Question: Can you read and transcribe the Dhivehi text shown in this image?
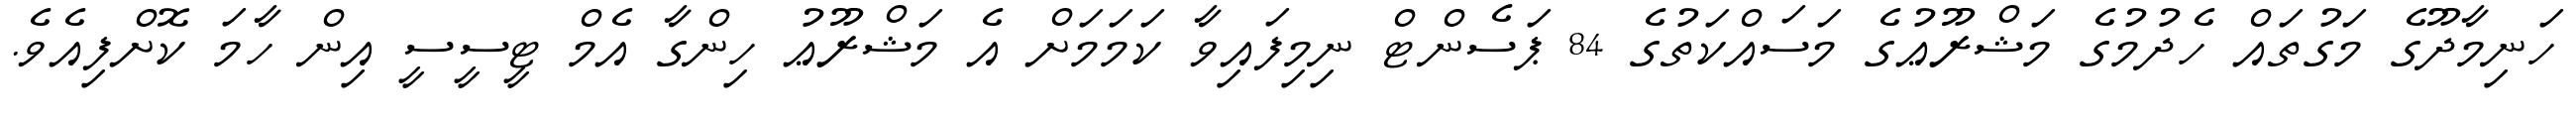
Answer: ހަނިމާދޫގެ މަގުތައް ހެދުމުގެ މަޝްރޫޢުގެ މަސައްކަތުގެ 84 ޕަސެންޓް ނިމިފައިވާ ކަމަމަށް އެ މަޝްރޫޢު ހިންގާ އެމް ޓީސީސީ އިން ހާމަ ކޮށްފިއެވެ.